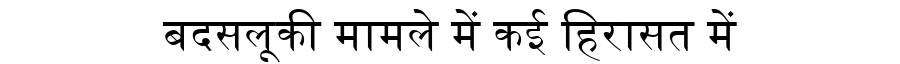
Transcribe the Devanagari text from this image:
बदसलूकी मामले में कई हिरासत में